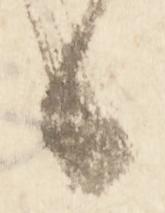
候